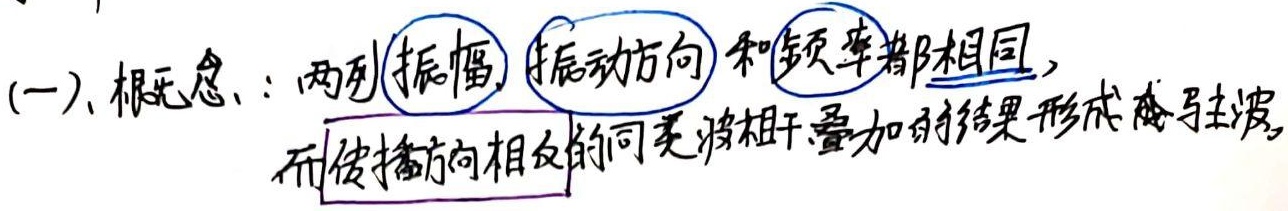
(一)、概念：两列振幅、振动方向和频率都相同，而传播方向相反的同类波相干叠加的结果形成驻波。